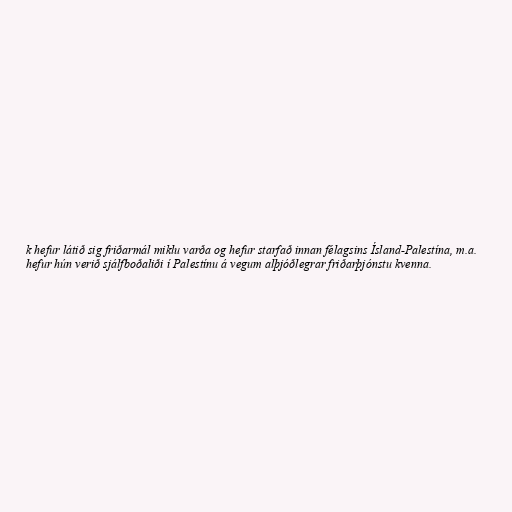
k hefur látið sig friðarmál miklu varða og hefur starfað innan félagsins Ísland-Palestína, m.a.
hefur hún verið sjálfboðaliði í Palestínu á vegum alþjóðlegrar friðarþjónstu kvenna.